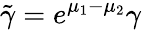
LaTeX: \tilde{\gamma}=e^{\mu_{1}-\mu_{2}}\gamma